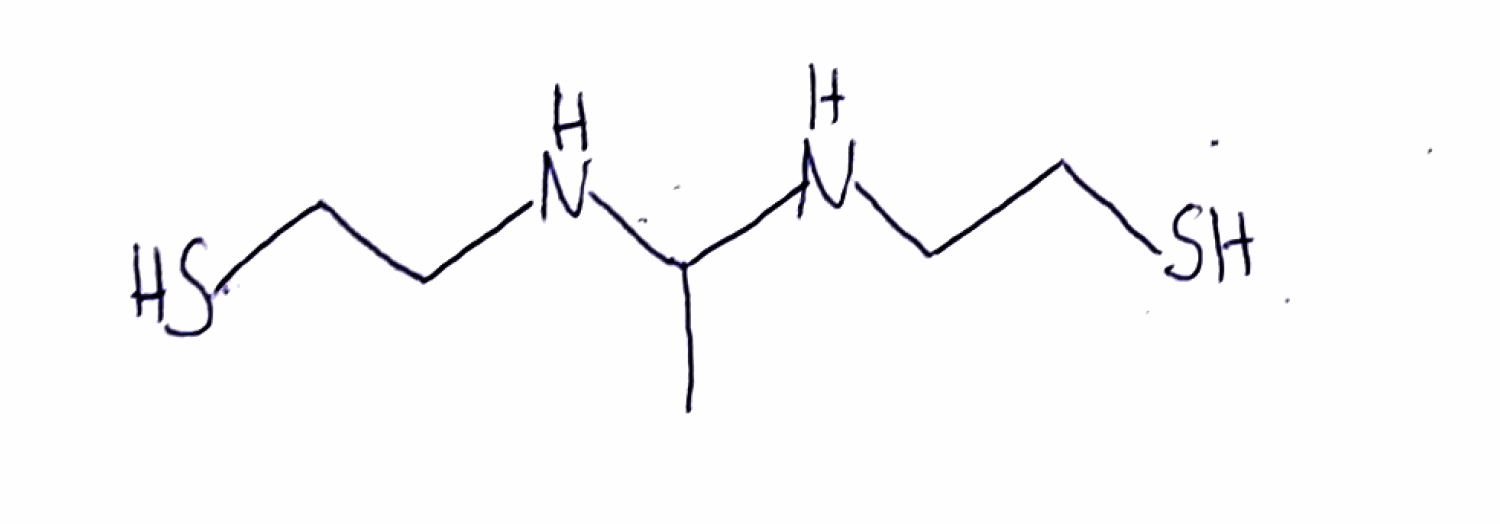
Simplified molecular-input line-entry system (SMILES) notation of the given molecule:
CC(NCCS)NCCS